Vaccination in Burma 1889-1999 - 1889-1999
Year: 1889
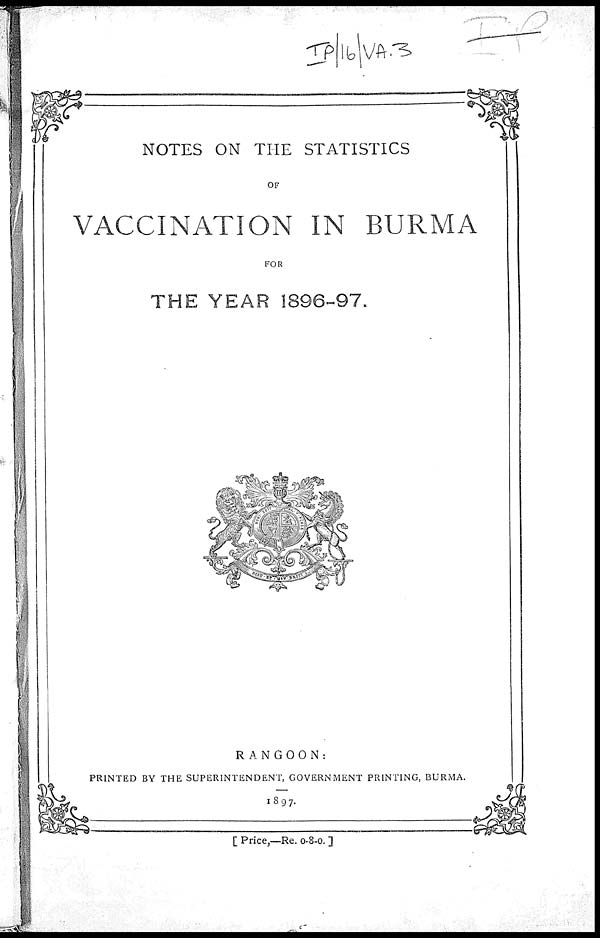
NOTES ON THE STATISTICS
OF
VACCINATION IN BURMA
FOR
THE YEAR 1896-97.
RANGOON:
PRINTED BY THE SUPERINTENDENT, GOVERNMENT PRINTING, BURMA.
1897.
[ Price,—Re. 0-8-0. ]